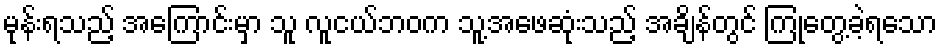
မုန်းရသည့် အကြောင်းမှာ သူ လူငယ်ဘဝက သူ့အဖေဆုံးသည့် အချိန်တွင် ကြုံတွေ့ခဲ့ရသော